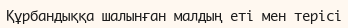
Құрбандыққа шалынған малдың еті мен терісі